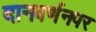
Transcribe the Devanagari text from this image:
दानवर्णनपर